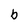
Character: b